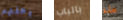
رحلتهم بالباب هذه